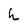
Character: h